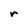
Character: r